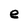
Character: e